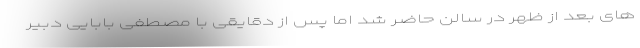
های بعد از ظهر در سالن حاضر شد اما پس از دقایقی با مصطفی بابایی دبیر